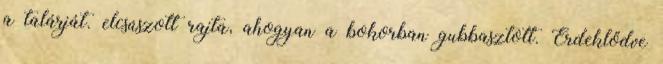
a talárját. elcsúszott rajta, ahogyan a bokorban gubbasztott. Érdeklődve